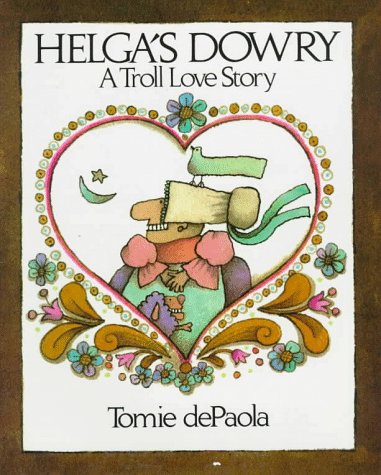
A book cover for Helga's Dowry: A Troll Love Story; Tomie de Paola; Children's Books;